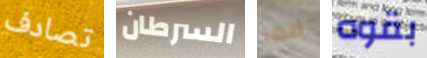
تصادف السرطان انها بقوه